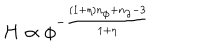
H \propto \phi ^ { - \frac { ( 1 + \eta ) n _ { \phi } + n _ { \partial } - 3 } { 1 + \eta } }